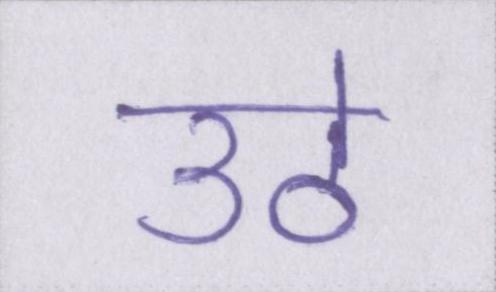
उठे